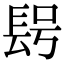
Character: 𨱭